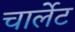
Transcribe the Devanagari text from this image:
चार्लेट